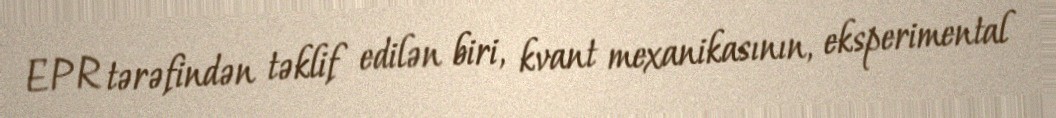
EPR tərəfindən təklif edilən biri, kvant mexanikasının, eksperimental